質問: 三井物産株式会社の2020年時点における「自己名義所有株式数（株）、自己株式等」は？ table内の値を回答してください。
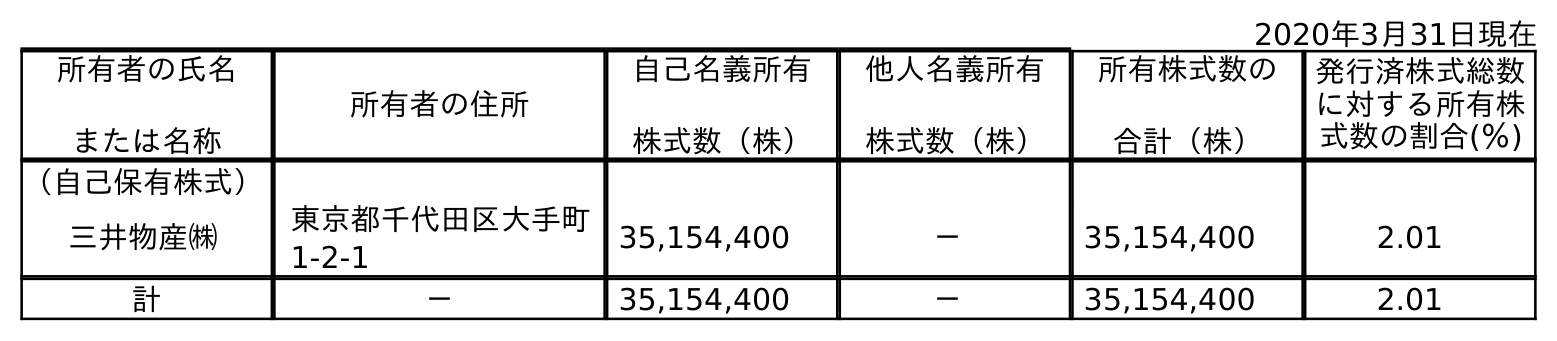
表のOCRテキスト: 2020年3月31日現在 所有者の氏名 または名称 所有者の住所 自己名義所有 株式数（株） 他人名義所有 株式数（株） 所有株式数の 合計（株） 発行済株式総数 に対する所有株 式数の割合(％) （自己保有株式） 三井物産㈱ 東京都千代田区大手町 1-2-1 35,154,400 － 35,154,400 2.01 計 － 35,154,400 － 35,154,400 2.01
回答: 35,154,400